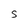
Character: S